Report on vaccination in Madras 1895-1903 - 1895-1903
Year: 1895
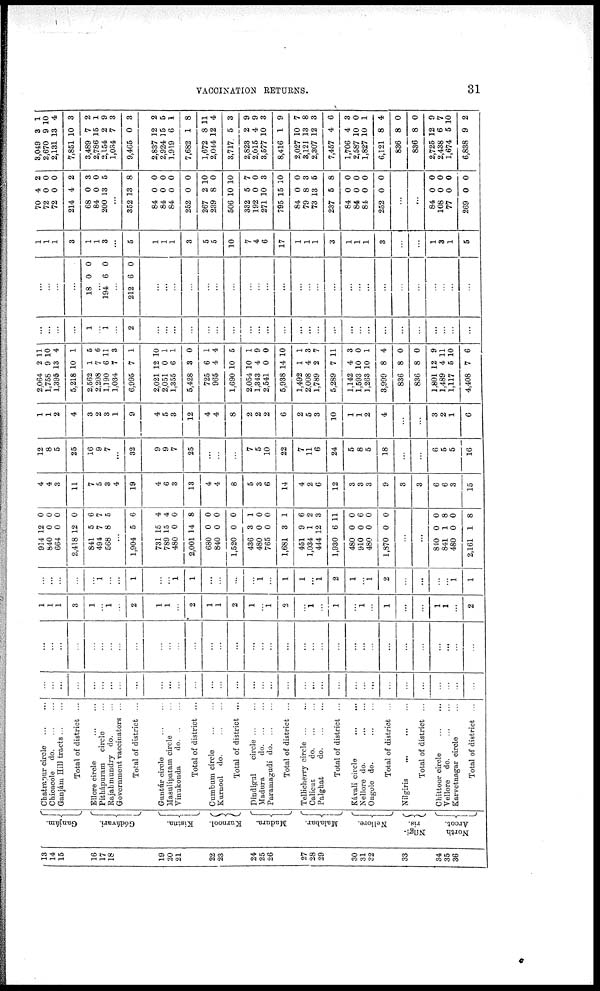
VACCINATION RETURNS.
31
13
14
15
16
17
18
19
20
21
22
23
24
25
26
27
28
29
30
31
32
33
34
35
36
Ganjám.
Gódávari.
Kistna.
Kurnool. Madura.
Malabar. Nellore.
Nillri¬
ris.
North
Arcot.
Chatrapur circle
...
...
Chicacole
do. ... ...
Ganjám Hill tracts ... ...
Total of district ...
Ellore circle
...
...
Pithápnram circle ...
Rajahmundry do. ...
Government vaccinators ...
Total of district ...
Guntúr circle ... ...
Masulipatam circle ...
Vinukouda
do. ... ...
Total of district ...
Cambum circle
...
...
Kurnool do. ... ...
Total of district ...
Dindignl
circle ... ...
Madura
do. ... ...
Paramagudi do. ... ...
Total of district ...
Tellicherry circle ... ...
Calicut
do
...
...
Palghat
do. ... ...
Total of district ...
Kávali circle
...
...
Nellore do. ... ...
Ongole do. ... ...
Total of district ...
Nilgiris
...
...
...
Total of district ...
Chittoor circle ... ...
Vellore do. ... ...
Karvetnagar circle ...
Total of district ...
...
...
...
...
...
...
...
...
...
...
...
...
...
...
...
...
...
...
...
...
...
...
...
...
...
...
...
...
...
...
...
...
...
...
...
...
...
...
...
...
...
...
...
...
...
...
...
...
...
...
...
...
...
...
...
...
...
...
...
...
...
...
...
...
...
...
...
...
1
1
1
3
1
...
1
...
2
1
1
...
2
1
1
2
1
...
1
2
...
1
...
1
...
1
...
1
...
...
1
1
...
2
...
...
...
...
...
1
...
...
1
...
...
1
1
...
...
...
...
1
...
1
1
...
1
2
1
...
1
2
...
...
...
...
1
1
914
840
664
2,418
841
494
568
...
1,904
731
789
480
2,001
680
840
1,520
436
480
765
1,681
451
1,034
444
1,930
480
910
480
1,870
...
...
840
841
480
2,161
12
0
0
12
5
7
8
...
5
15
15
0
14
0
0
0
3
0
0
3
9
1
12
6
0
0
0
0
...
...
0
1
0
1
0
0
0
0
6
7
5
...
6
4
4
0
8
0
0
0
1
0
0
1
6
2
3
11
0
6
0
0
...
...
0
8
0
8
4
4
3
11
7
5
3
4
19
4
6
3
13
4
4
8
5
3
6
14
4
2
6
12
3
3
3
9
3
3
6
6
3
15
12
8
5
25
16
9
7
...
32
9
9
7
25
...
...
...
7
5
10
22
7
11
6
24
5
8
5
18
...
...
6
5
5
16
1
1
2
4
3
2
3
1
9
4
5
3
12
4
4
8
2
2
2
6
2
5
3
10
1
1
2
4
...
...
3
2
1
6
2,064
1,758
1,395
5,218
2,562
2,208
1,190
1,034
6,995
2,021
2,051
1,355
5,428
725
965
1,690
2,054
1,343
2,541
5,938
1,492
2,008
1,789
5,289
1,142
1,593
1,263
3,999
836
836
1,801
1,489
1,117
4,408
2
9
13
10
1
7
6
7
7
12
0
6
8
6
4
10
10
4
0
14
1
4
2
7
4
10
10
8
8
8
12
4 ]
5
7
11
10
4
1
5
6
11
3
1
10
1
1
0
1
4
5
1
9
0
10
1
3
7
11
3
0
1
4
0
0
9
1
10
6
...
...
...
...
1
...
1
...
2
...
...
...
...
...
...
...
...
...
...
...
...
...
...
...
...
...
...
...
...
...
...
...
...
...
...
...
...
...
18 0 0
...
194 6 0
...
212 6 0
...
...
...
...
...
...
...
...
...
...
...
...
...
...
...
...
...
...
...
...
...
...
...
...
...
1
1
1
3
1
1
3
...
5
1
1
1
3
5
5
10
7
4
6
17
1
1
1
3
1
1
1
3
...
...
1
3
1
5
70
72
72
214
68
84
200
4
0
0
4
0
0
13
2
0
0
2
3
0
5
...
352
84
84
84
252
267
239
506
332
192
271
795
84
79
73
237
84
84
84
252
13
0
0
0
0
2
8
10
5
0
10
15
0
8
13
5
0
0
0
0
8
0
0
0
0
10
0
10
7
0
3
10
0
3
5
8
0
0
0
0
...
...
84
108
77
269
0
0
0
0
0
0
0
0
8,049
2,670
2,131
7,851
3,489
2,786
2,154
1,034
9,465
2,837
2,924
1,919
7,682
1,672
2,044
3,717
2,823
2,015
8,577
8,416
2,027
3,121
2,807
7,457
1,706
2,587
1,827
6,121
836
836
2,725
2,488
1,674
6,838
3
9
13
10
7
15
2
7
0
12
15
6
1
8
12
5
2
4
10
1
10
13
12
4
4
10
10
8
8
8
12
6
5
9
1
10
4
3
2
1
9
3
8
2
5
1
8
11
4
3
9
9
3
9
7
8
8
6
3
0
1
4
0
0
9
7
10
2